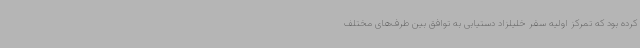
کرده بود که تمرکز اولیه سفر خلیلزاد دستیابی به توافق بین طرف‌های مختلف